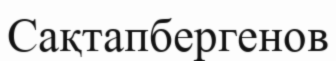
Сақтапбергенов